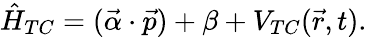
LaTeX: \hat{H}_{TC}=(\vec{\alpha}\cdot\vec{p})+\beta+V_{TC}(\vec{r},t).